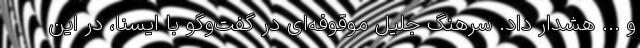
و ... هشدار داد. سرهنگ جلیل موقوفه‌ای در گفت‌وگو با ایسنا، در این